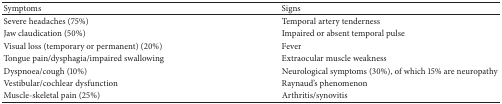
<table><thead><tr><td><b>Symptoms</b></td><td><b>Signs</b></td></tr></thead><tbody><tr><td>Severe headaches (75%) </td><td>Temporal artery tenderness</td></tr><tr><td>Jaw claudication (50%)</td><td>Impaired or absent temporal pulse</td></tr><tr><td>Visual loss (temporary or permanent) (20%)</td><td>Fever</td></tr><tr><td>Tongue pain/dysphagia/impaired swallowing</td><td>Extraocular muscle weakness</td></tr><tr><td>Dyspnoea/cough (10%)</td><td>Neurological symptoms (30%), of which 15% are neuropathy </td></tr><tr><td>Vestibular/cochlear dysfunction</td><td>Raynaud&#x27;s phenomenon</td></tr><tr><td>Muscle-skeletal pain (25%)</td><td>Arthritis/synovitis</td></tr></tbody></table>